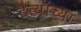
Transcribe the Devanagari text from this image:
दैत्यांच्या